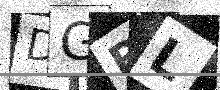
Text: DGPL